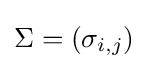
\Sigma =(\sigma _{i,j})